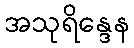
အသုရိန္ဒေန